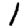
Digit: 1